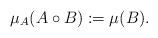
LaTeX: \begin{align*}\mu_A(A \circ B) := \mu(B).\end{align*}